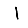
Digit: 1